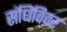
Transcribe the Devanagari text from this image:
संधिविवर